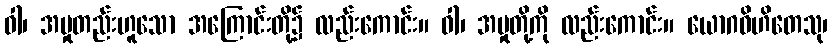
ဝါ၊ အမှုတည်းဟူသော အကြောင်းတို့၌ လည်းကောင်း။ ဝါ၊ အမှုတို့ကို လည်းကောင်း။ ယောဂဝိဟိတေသု၊